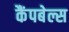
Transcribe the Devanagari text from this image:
कैंपबेल्स